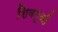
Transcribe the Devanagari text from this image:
शिवपूजी